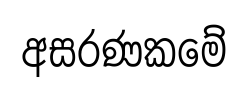
අසරණකමේ